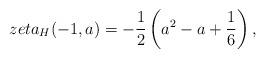
LaTeX: \begin{align*}\\zeta_{H}(-1,a)=-\frac{1}{2}\left(a^{2}-a+\frac{1}{6}\right),\end{align*}